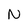
Character: N